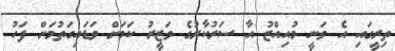
ތިރީގައި އެ ވަނީ މުއިއްޒު އާ ސަރުކާރުގެ ވަޒީރު ކަމަށް ވަޑައިގަތުމަށް ފަހު